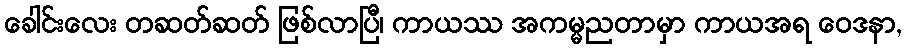
ခေါင်းလေး တဆတ်ဆတ် ဖြစ်လာပြီ၊ ကာယဿ အကမ္မညတာမှာ ကာယအရ ဝေဒနာ,